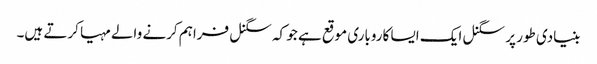
بنیادی طور پر سگنل ایک ایسا کاروباری موقع ہے جو کہ سگنل فراہم کرنے والے مہیا کرتے ہیں۔